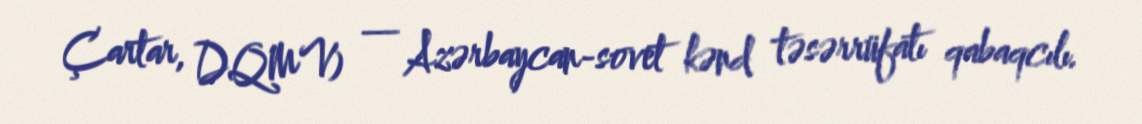
Çartar, DQMV) — Azərbaycan-sovet kənd təsərrüfatı qabaqcılı.